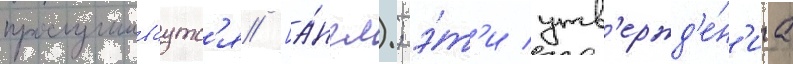
прослушиваутс'я [а́нгл.; э́т'и утв'ержд'е́н'иа